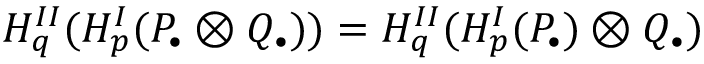
H _ { q } ^ { I I } ( H _ { p } ^ { I } ( P _ { \bullet } \otimes Q _ { \bullet } ) ) = H _ { q } ^ { I I } ( H _ { p } ^ { I } ( P _ { \bullet } ) \otimes Q _ { \bullet } )